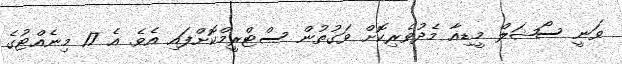
ވަނީ ސޯޝަލް މީޑިއާ މެދުވެރިކޮށް ވަގުތުން ސްޓްރީމްކޮށްފައި އެވެ. އެ 17 މިނެއްޓުގެ